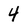
Character: 4